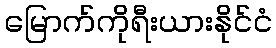
မြောက်ကိုရီးယားနိုင်ငံ